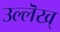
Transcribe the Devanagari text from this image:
उल्लॆख्